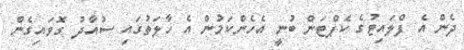
ދެން އެ ފްލައިޓުގެ ކެޕްޓަން ބުނީ އެހެންކަމުން އެ ހާލަތުގައި ސުއާދު ގޮވައިގެން